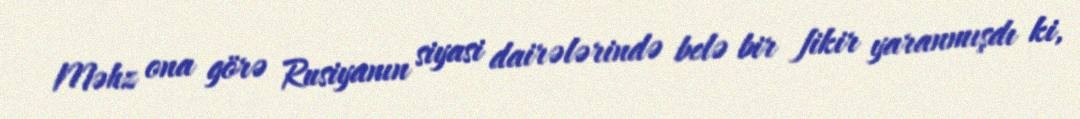
Məhz ona görə Rusiyanın siyasi dairələrində belə bir fikir yaranmışdı ki,